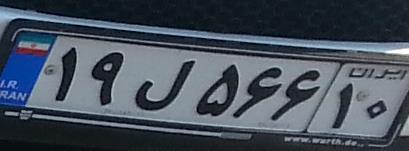
۱۹ل۵۶۶۱۰